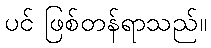
ပင် ဖြစ်တန်ရာသည်။